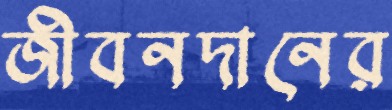
জীবনদানের